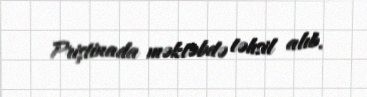
Priştinada məktəbdə təhsil alıb.